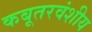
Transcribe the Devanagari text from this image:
कबूतरवंशीय